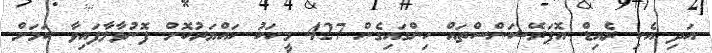
އަދި އެކި ރެއިޑް އޮޕަރޭޝަންސްތައް ހިންގައިގެން 427 މީހަކު ހައްޔަރުކޮށް ފޮނުވާލާފައިވާ ކަމަށް